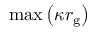
\mathrm { m a x } \left( \kappa r _ { \mathrm { g } } \right)